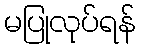
မပြုလုပ်ရန်